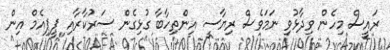
ރައީސް މިހެން ވިދާޅުވި ނަމަވެސް ރިޔާސީ އިންތިހާބާ ގުޅިގެން ސަރުކާރާއި ޕީޕިއެމް އިން